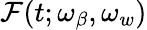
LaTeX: \mathcal{F}(t;\omega_{\beta},\omega_{w})